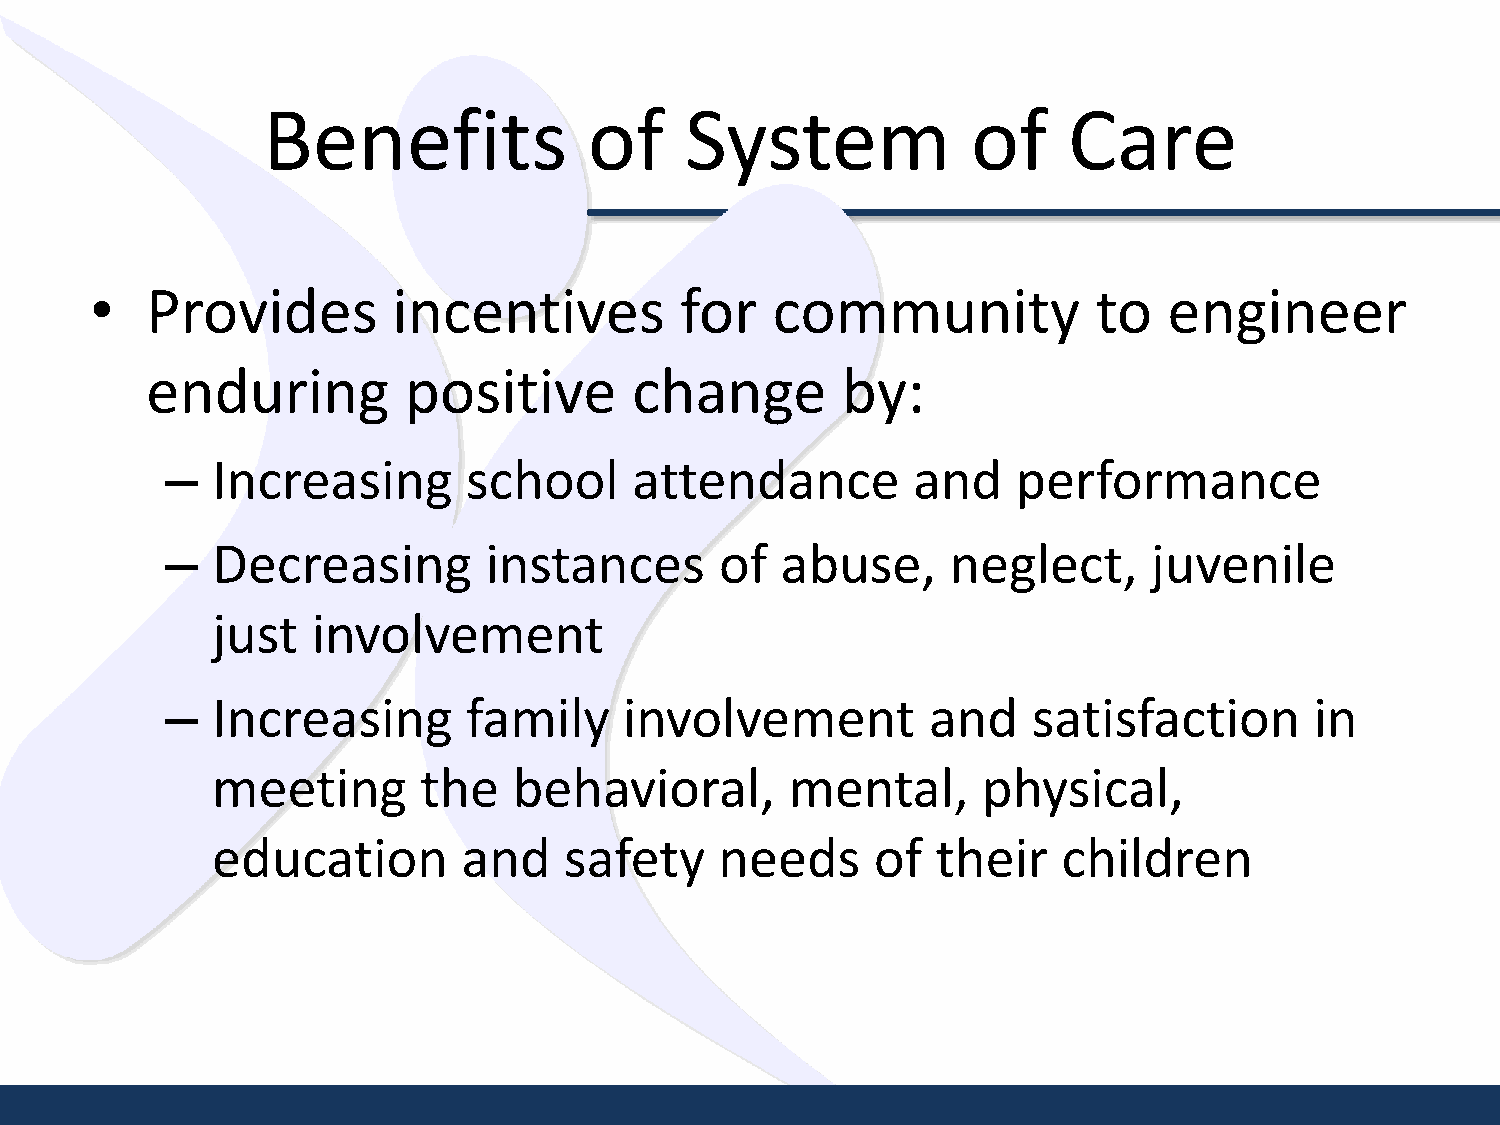
Benefits              of    System             of     Care
 •   Provides        incentives         for   community             to  engineer
 enduring         positive       change        by:
 –  Increasing       school     attendance        and    performance
 –  Decreasing        instances       of  abuse,     neglect,     juvenile
 just   involvement
 –  Increasing       family    involvement         and    satisfaction       in
 meeting       the   behavioral,       mental,      physical,
 education        and   safety     needs     of  their   children